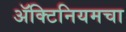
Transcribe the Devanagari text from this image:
ॲक्टिनियमचा